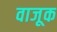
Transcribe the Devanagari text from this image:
वाजूक